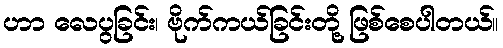
ဟာ လေပွခြင်း၊ ဗိုက်ကယ်ခြင်းတို့ ဖြစ်စေပါတယ်။